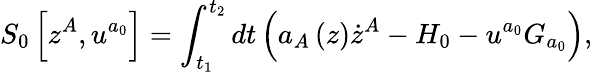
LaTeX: S_{0}\left[z^{A},u^{a_{0}}\right]=\int_{t_{1}}^{t_{2}}dt\left(a_{A}\left(z\right)\dot{z}^{A}-H_{0}-u^{a_{0}}G_{a_{0}}\right),